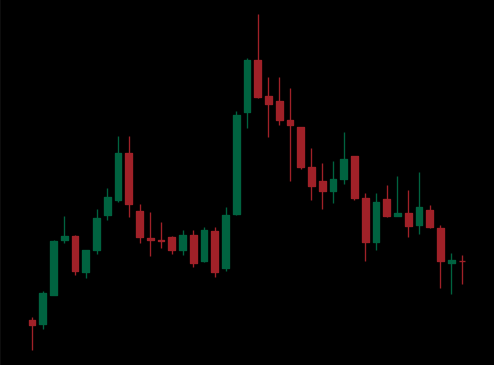
Pattern: head_shoulders